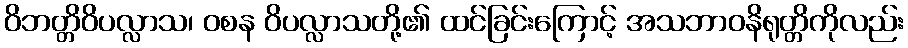
ဝိဘတ္တိဝိပလ္လာသ၊ ဝစန ဝိပလ္လာသတို့၏ ထင်ခြင်းကြောင့် အသဘာဝနိရုတ္တိကိုလည်း